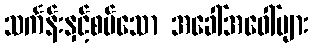
သင်္ကန်းနှင့်စပ်သော အခေါ်အဝေါ်များ